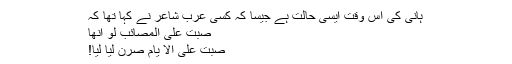
ہانی کی اِس وقت ایسی حالت ہے جیسا کہ کسی عرب شاعر نے کہا تھا کہ
صبت علی المصائب لو انھا
صبت علی الا یام صرن لیا لیا!